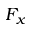
F _ { x }